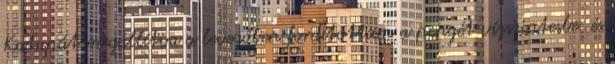
Katanát megállítva a levegőben fordítottam a pengét vízszintesbe, és